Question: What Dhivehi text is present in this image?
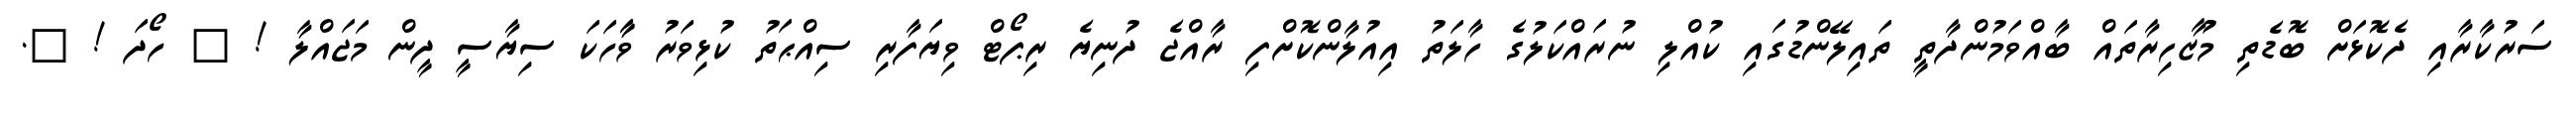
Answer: ސަރުކާރާއި ދެކޮޅަށް ބޮޑެތި މުޒާހިރާތައް ބާއްވަމުންދާތީ ތައިލޭންޑުގައި ކުއްލި ނުރައްކަލުގެ ހާލަތު އިއުލާންކޮށްފި ރާއްޖެ ދުނިޔެ ރިޕޯޓް ވިޔަފާރި ސިއްޙަތު ކުޅިވަރު ވާާހަކަ ސިޔާސީ ދީން މަޖައްލާ ! ? ހޯދަ ! ?.